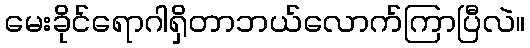
မေးခိုင်ရောဂါရှိတာဘယ်လောက်ကြာပြီလဲ။